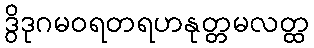
ဒွိဒုဂမဝရတရဟနုတ္တမလတ္ထ